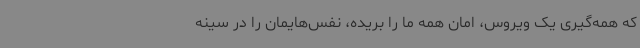
که همه‌گیری یک‌ ویروس، امان همه ما را بریده، نفس‌هایمان را در سینه